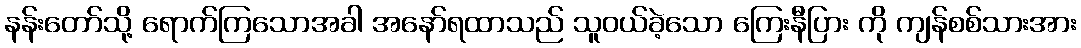
နန်းတော်သို့ ရောက်ကြသောအခါ အနော်ရထာသည် သူဝယ်ခဲ့သော ကြေးနီပြား ကို ကျန်စစ်သားအား